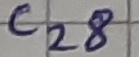
Text: C28